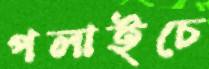
পলাইচে